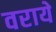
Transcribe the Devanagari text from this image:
वराये